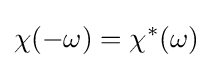
\chi (-\omega )=\chi ^{*}(\omega )